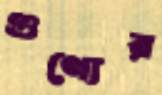
গুণ্যের